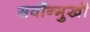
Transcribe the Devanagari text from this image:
सर्वोन्मुखी